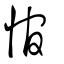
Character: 悺